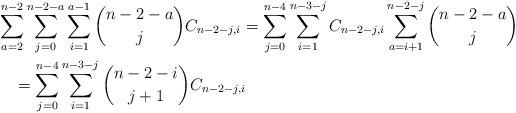
LaTeX: \begin{align*}&\sum_{a=2}^{n-2}\sum_{j=0}^{n-2-a}\sum_{i=1}^{a-1}\binom{n-2-a}{j}C_{n-2-j,i}=\sum_{j=0}^{n-4}\sum_{i=1}^{n-3-j}C_{n-2-j,i}\sum_{a=i+1}^{n-2-j}\binom{n-2-a}{j}\\&\quad=\sum_{j=0}^{n-4}\sum_{i=1}^{n-3-j}\binom{n-2-i}{j+1}C_{n-2-j,i}\end{align*}